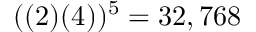
( ( 2 ) ( 4 ) ) ^ { 5 } = 3 2 , 7 6 8